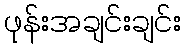
ဖုန်းအချင်းချင်း